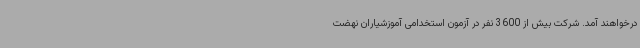
درخواهند آمد. شرکت بیش از 3600 نفر در آزمون استخدامی آموزشیاران نهضت